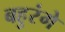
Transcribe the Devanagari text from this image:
बहुरंगे